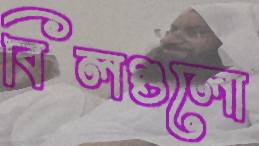
বিলগুলো